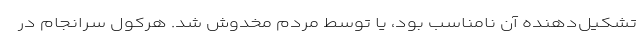
تشکیل‌دهنده آن نامناسب بود، یا توسط مردم مخدوش شد. هرکول سرانجام در